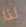
لذا